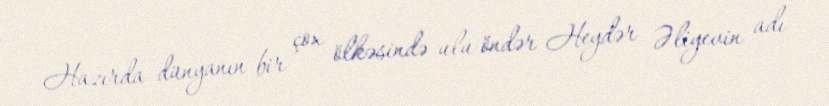
Hazırda dünyanın bir çox ölkəsində ulu öndər Heydər Əliyevin adı